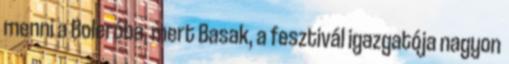
menni a Boleróba, mert Basak, a fesztivál igazgatója nagyon